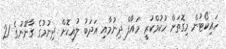
ހައިކޯޓުން މިގޮތަށް ހުކުމްކުރީ މައާފް ދިނުމާއި އަދަބު ލުއިކޮށް ދިނުމުގެ ގާނޫނުގެ 21